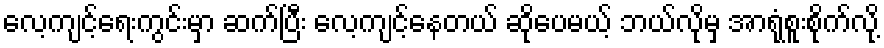
လေ့ကျင့်ရေးကွင်းမှာ ဆက်ပြီး လေ့ကျင့်နေတယ် ဆိုပေမယ့် ဘယ်လိုမှ အာရုံစူးစိုက်လို့